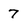
Character: 7